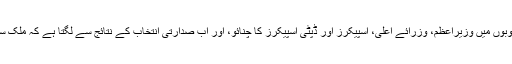
25 جولائی کے عام انتخابات اور اس کے بعد وفاق اور چاروں صوبوں میں وزیراعظم، وزرائے اعلیٰ، اسپیکرز اور ڈپٹی اسپیکرز کا چنائو، اور اب صدارتی انتخاب کے نتائج سے لگتا ہے کہ ملک سیاسی طور پر ایک بار پھر 1970ء کی دہائی میں داخل ہورہا ہے۔